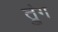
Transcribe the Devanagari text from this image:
त्रुंग